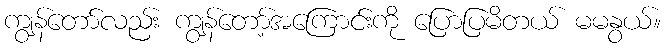
ကျွန်တော်လည်း ကျွန်တော့်အကြောင်းကို ပြောပြမိတယ် မမနွယ်။